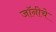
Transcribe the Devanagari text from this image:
जॉनीचे